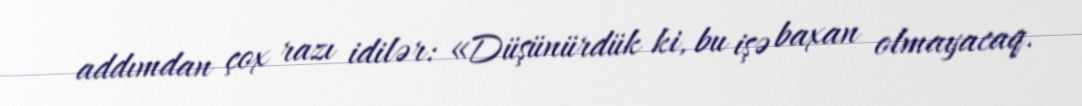
addımdan çox razı idilər: «Düşünürdük ki, bu işə baxan olmayacaq.